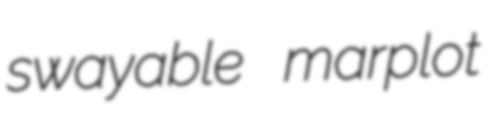
swayable marplot